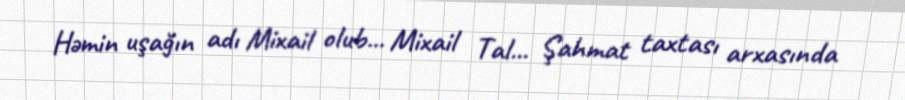
Həmin uşağın adı Mixail olub... Mixail Tal... Şahmat taxtası arxasında